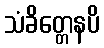
သံခိတ္တေနပိ